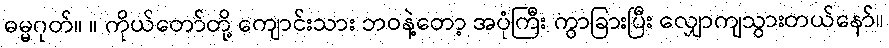
ဓမ္မဂုတ်။ ။ ကိုယ်တော်တို့ ကျောင်းသား ဘဝနဲ့တော့ အပုံကြီး ကွာခြားပြီး လျှောကျသွားတယ်နော်။